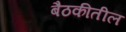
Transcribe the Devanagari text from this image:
बैठकीतील